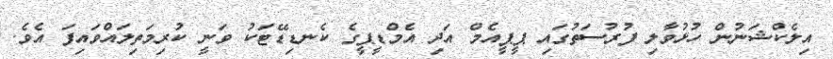
އިލެކްޝަނުން ހުޅުވާލި ފުރުސަތުގައި ޕީޕީއެމް އަދި އެމްޑީޕީގެ ކެނޑިޑޭޓަކު ވަނީ ކުރިމަތިލައްވައިފަ އެވެ.